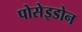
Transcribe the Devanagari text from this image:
पोसेइडोन